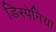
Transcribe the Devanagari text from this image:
डिस्पेनिया